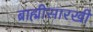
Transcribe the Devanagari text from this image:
ब्राह्मीसारखी